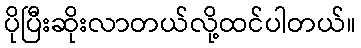
ပိုပြီးဆိုးလာတယ်လို့ထင်ပါတယ်။